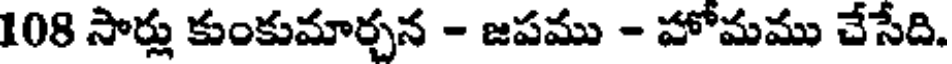
108 సార్లు కుంకుమార్చన - జపము - హోమము చేసేది.